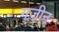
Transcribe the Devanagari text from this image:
गज़ीन